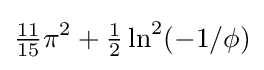
{\tfrac {11}{15}}\pi ^{2}+{\tfrac {1}{2}}\ln ^{2}(-1/\phi )